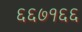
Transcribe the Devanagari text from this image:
६६७१६६